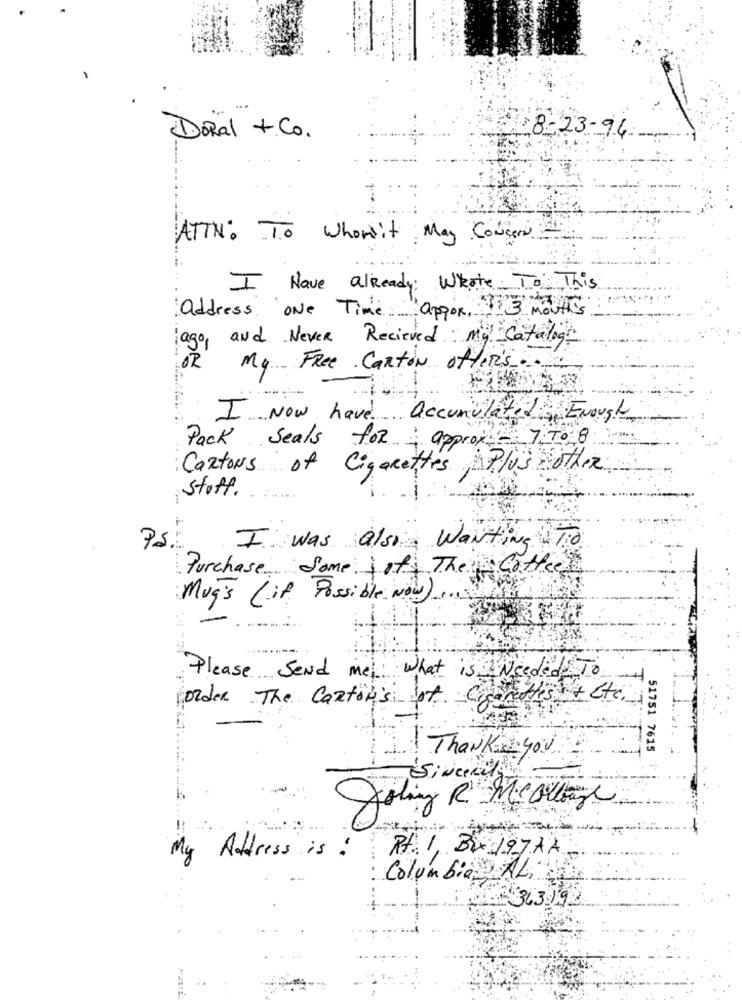
Doral +Co.
8-23-94
ATTN: To whomit May Concern
I Have already: Wrote. To This
Teapor 3
address one Time.
ago, and Never Recieved My Catalogo
OR
My Free Carton offer's.
I Now have accumulated
Enough
Pack Seals for approx- 7.To 8
Cartons of Cigarettes Plus other
stuff.
.....
PS.
I was also Wanting To
Purchase Some of The coffee
....?
Mug's (if Possible Now
Please Send mel. what is Needed To
order The Carton's of Cigarettes
51751 7615
Thanking you
Sincerely
oling R Micolage
My Address is :
Rt. 1, Brx 197 AA
Columbia AL.
363.192